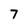
Character: 7